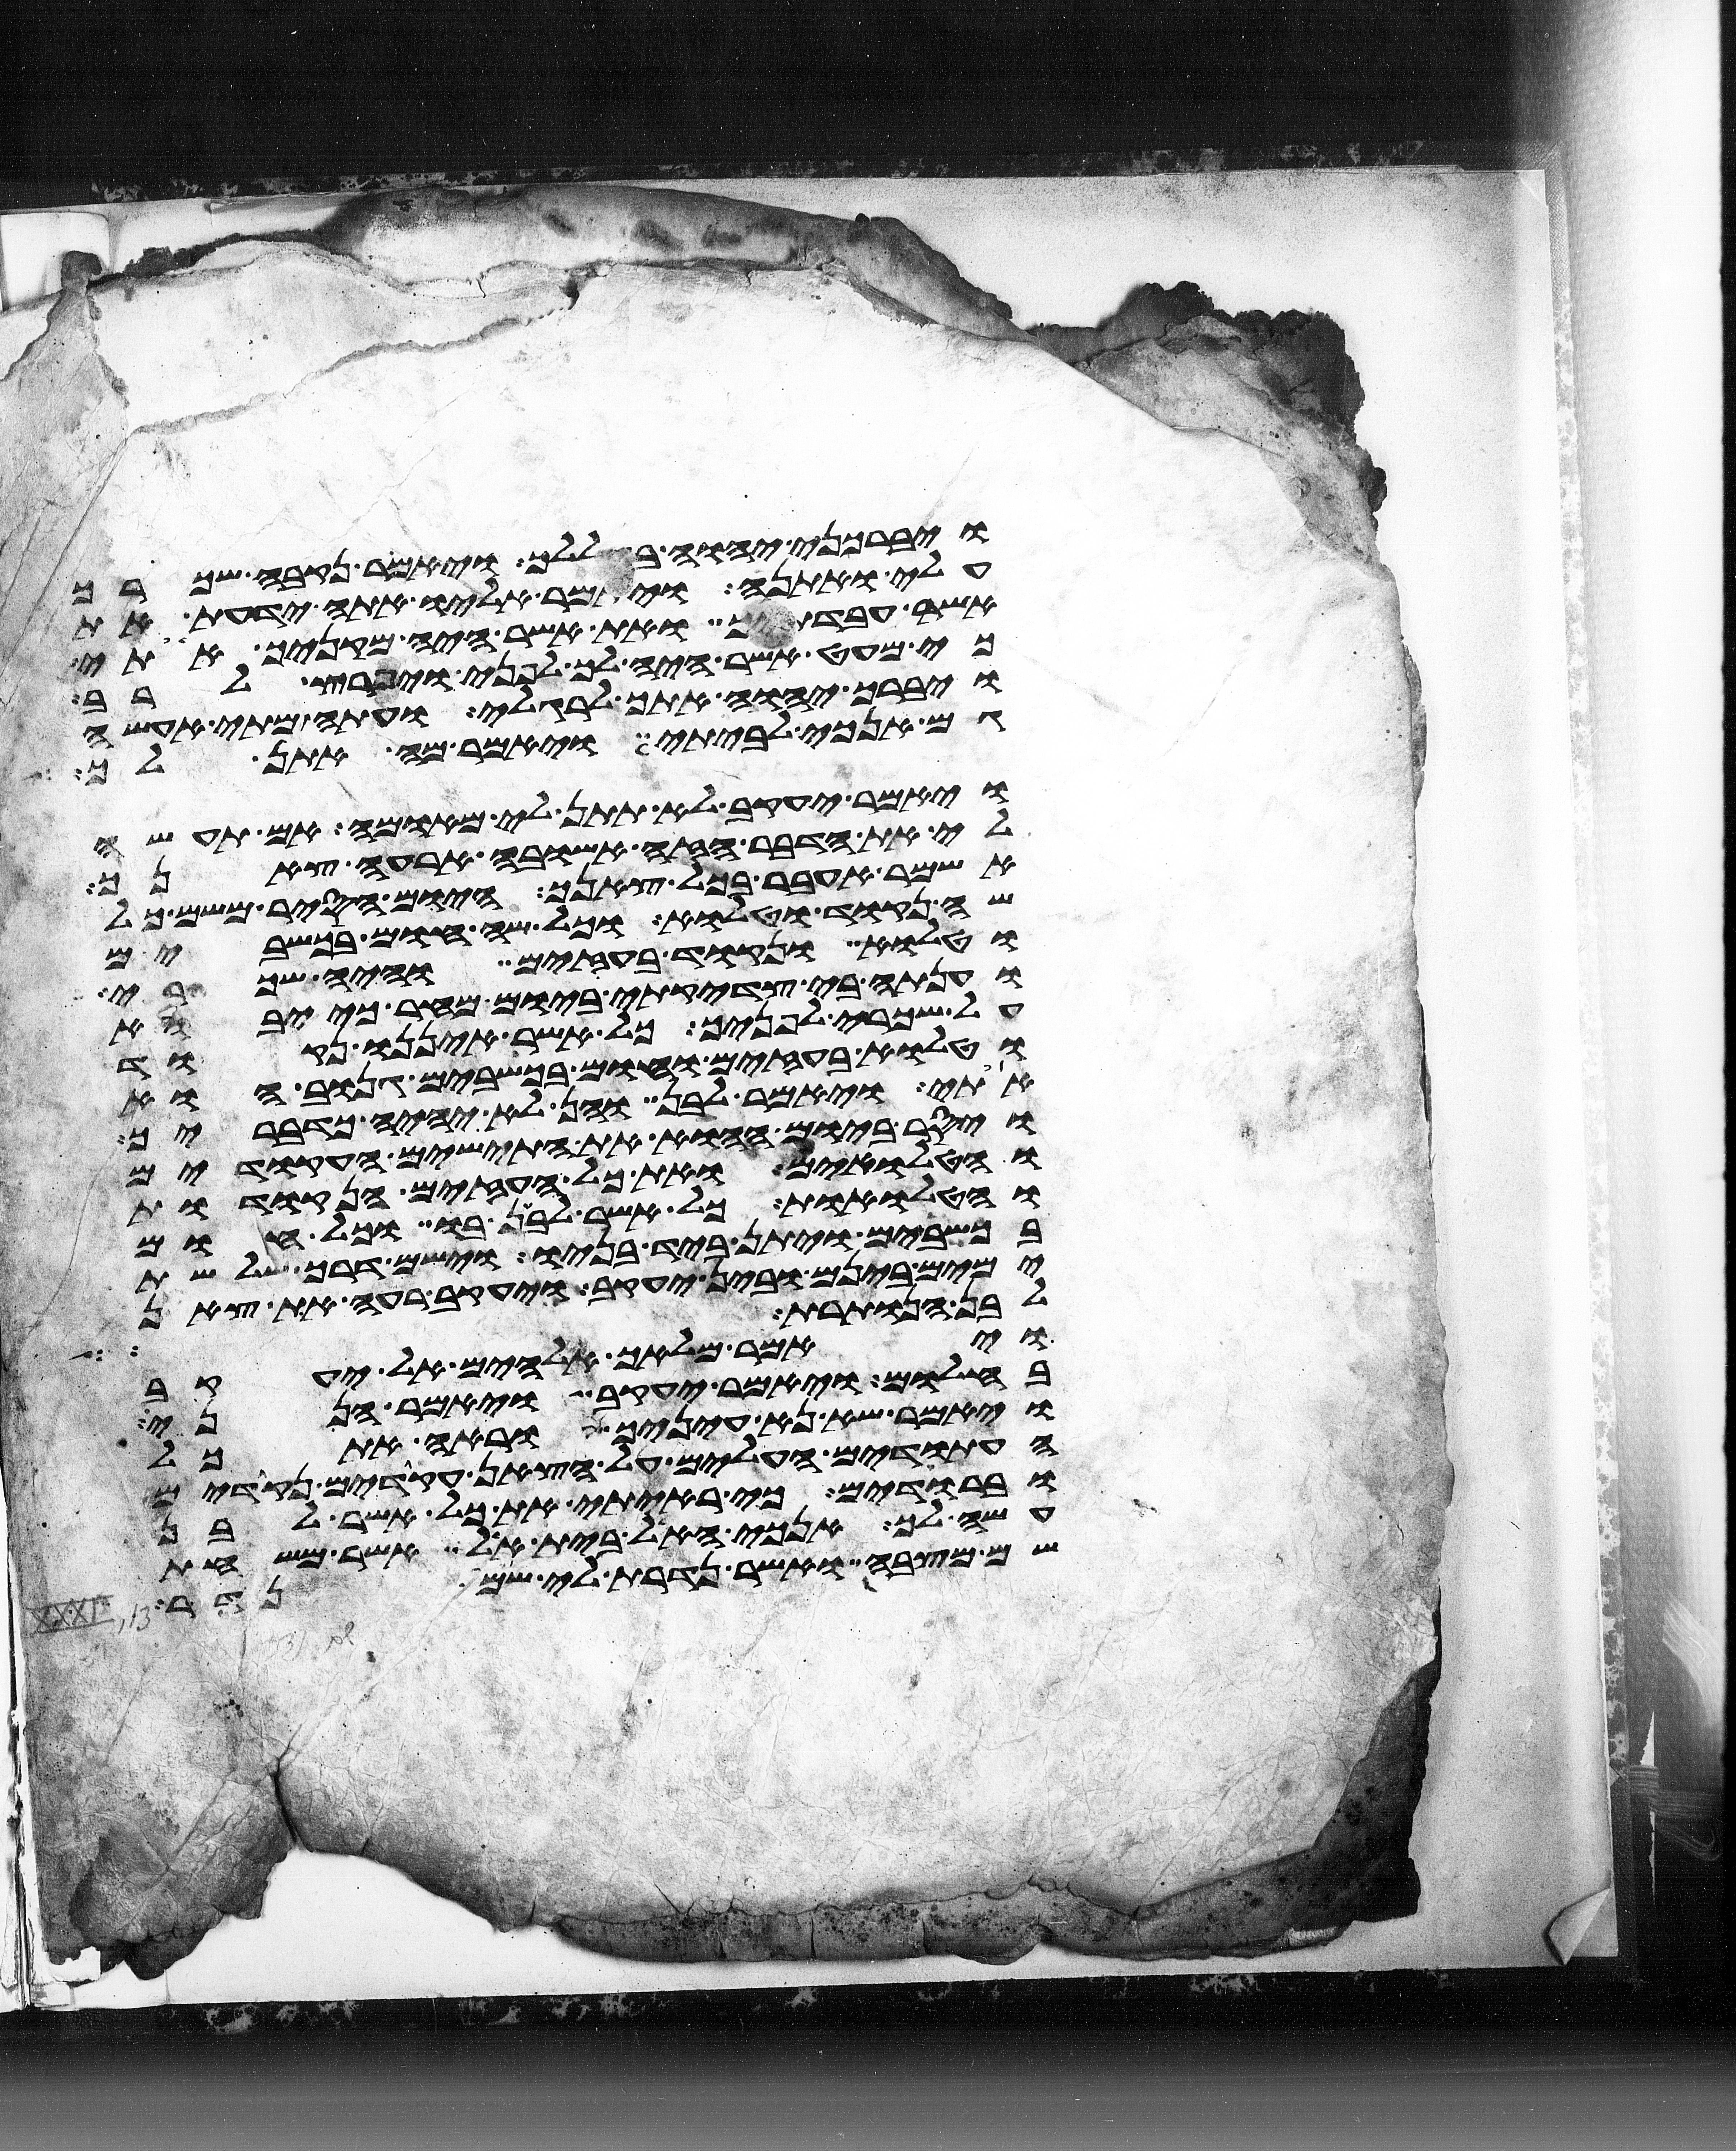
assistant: ויברכני יהוה בגללך ויאמר נקבה שכרך
עלי ואתנה ויאמר אליו אתה ידעת את
אשר עבדתיך ואת אשר היה מקניך אתי
כי מעט אשר היה לך לפני ויפרץ לרב
ויברך יהוה אתך לרגלי ועתה מתי אעשה
גם אנכי לביתי ויאמר מה אתן לך
ויאמר יעקב לא תתן לי מאומה אם תעשה
לי את הדבר הזה אשובה ארעה צאנך
אשמר אעבר בכל צאנך היום הסיר משם כל
שה נקוד וטלוא וכל שה חום בכשבים
וטלוא ונקוד בעזים והיה שכרי
וענתה בי צדקתי ביום מחר כי יבוא
על שכרי לפניך כל אשר איננו נקוד
וטלוא בעזים וחום בכשבים גנוב הוא
אתי ויאמר לבן והן לא יהיה כדבריך
ויסר ביום ההוא את התישים העקודים
והטלואים ואת כל העזים הנקודות
והטלואת כל אשר לבן בו וכל חום
בכשבים ויתן ביד בניו וישם דרך שלשת
ימים בינם ובין יעקב ויעקב רעה את צאן
לבן הנותרת ויאמר מלאך
ויאמר מלאך אלהים אל יעקב
בחלום ויאמר יעקב ויאמר הנני
ויאמר שא נא עיניך וראה את כל
העתודים העלים על הצאן עקודים נקודים
וברודים כי ראיתי את כל אשר לבן
עשה לך אנכי האל בית אל אשר משחת
שם מצבה ואשר נדרת לי שם נדר